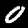
Digit: 0